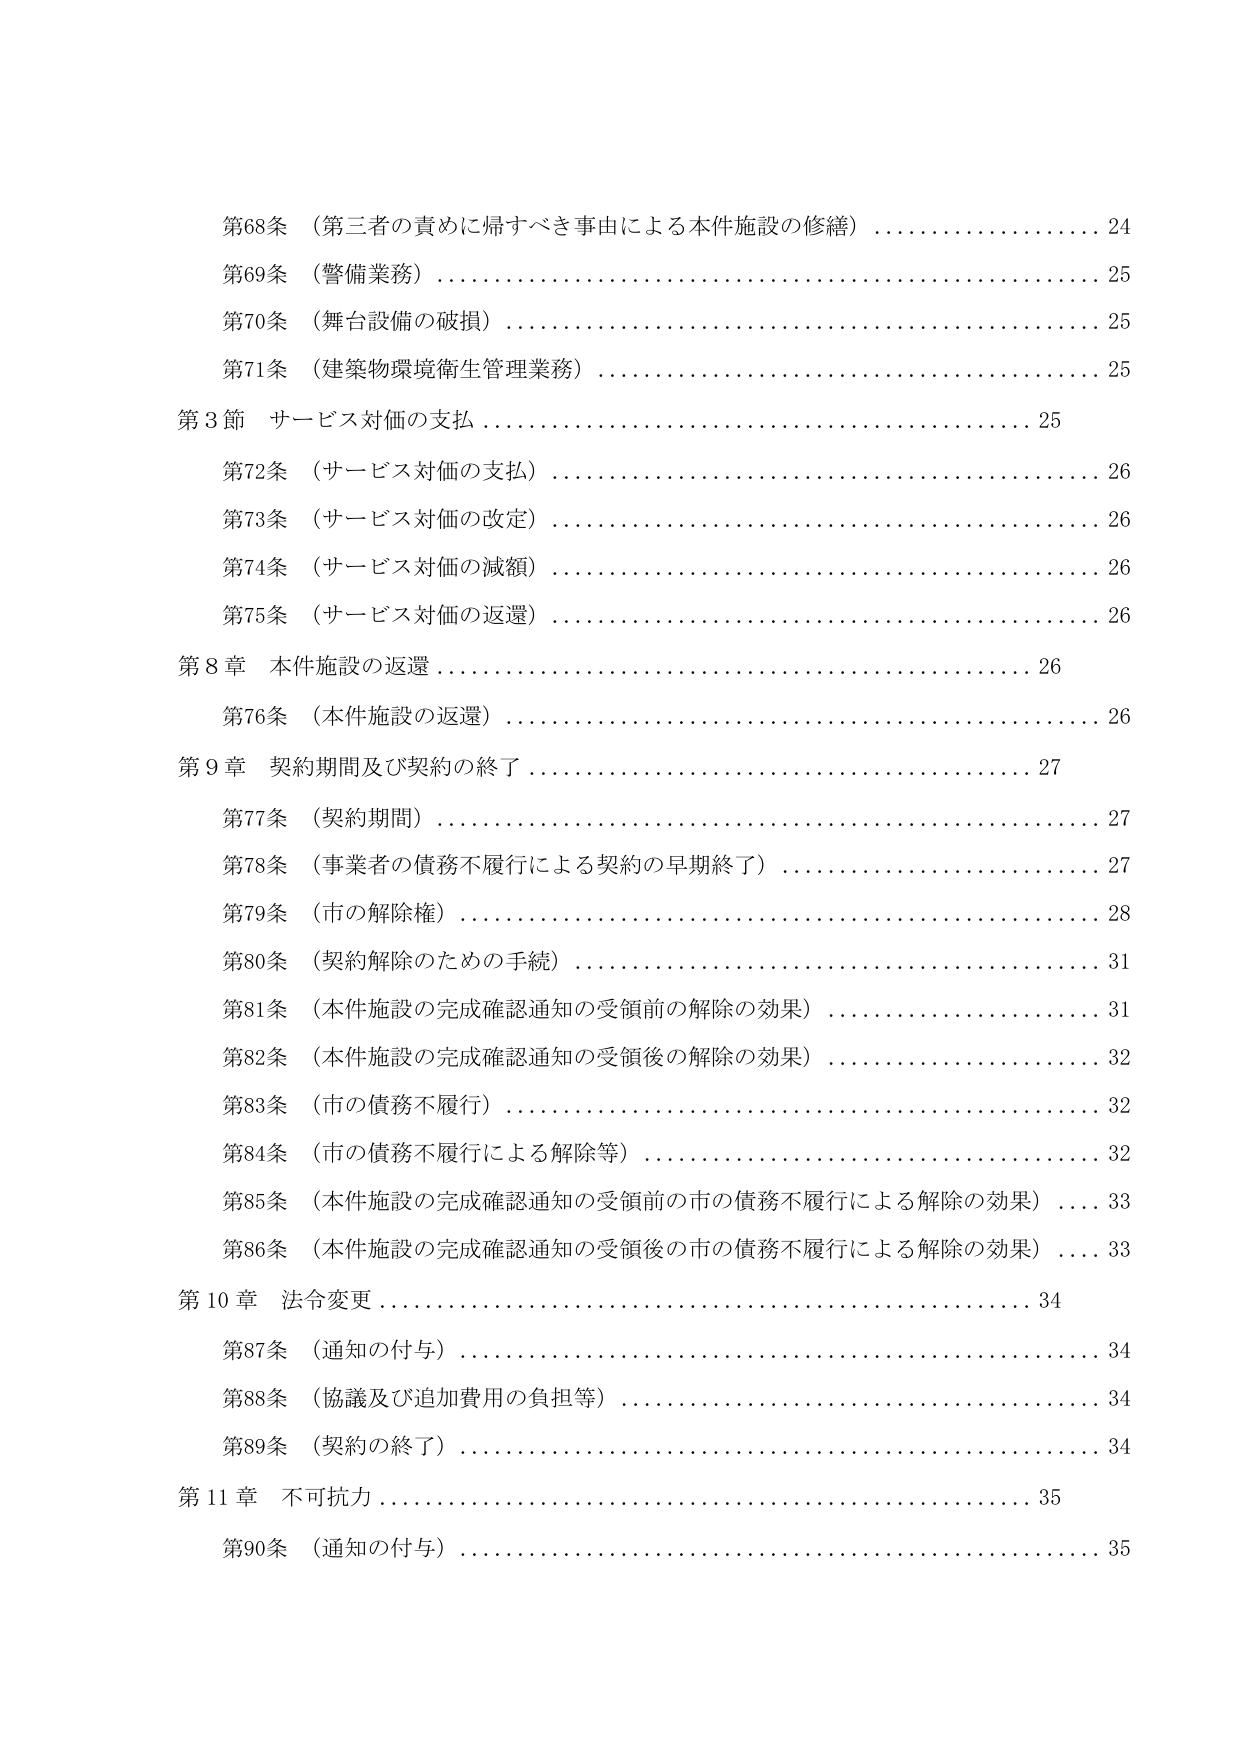
第68条 （第三者の責めに帰すべき事由による本件施設の修繕） …………………… 24
第69条 （警備業務） ……………………………………………………………… 25
第70条 （舞台設備の破損） ……………………………………………………… 25
第71条 （建築物環境衛生管理業務） …………………………………………… 25
第3節 サービス対価の支払 ……………………………………………………… 25
第72条 （サービス対価の支払） ………………………………………………… 26
第73条 （サービス対価の改定） ………………………………………………… 26
第74条 （サービス対価の減額） ………………………………………………… 26
第75条 （サービス対価の返還） ………………………………………………… 26
第8章 本件施設の返還 …………………………………………………………… 26
第76条 （本件施設の返還） ……………………………………………………… 26
第9章 契約期間及び契約の終了 ………………………………………………… 27
第77条 （契約期間） ……………………………………………………………… 27
第78条 （事業者の債務不履行による契約の早期終了） ……………………… 27
第79条 （市の解除権） …………………………………………………………… 28
第80条 （契約解除のための手続） ……………………………………………… 31
第81条 （本件施設の完成確認通知の受領前の解除の効果） ………………… 31
第82条 （本件施設の完成確認通知の受領後の解除の効果） ………………… 32
第83条 （市の債務不履行） ……………………………………………………… 32
第84条 （市の債務不履行による解除等） ……………………………………… 32
第85条 （本件施設の完成確認通知の受領前の市の債務不履行による解除の効果） … 33
第86条 （本件施設の完成確認通知の受領後の市の債務不履行による解除の効果） … 33
第10章 法令変更 ………………………………………………………………… 34
第87条 （通知の付与） …………………………………………………………… 34
第88条 （協議及び追加費用の負担等） ………………………………………… 34
第89条 （契約の終了） …………………………………………………………… 34
第11章 不可抗力 ………………………………………………………………… 35
第90条 （通知の付与） …………………………………………………………… 35